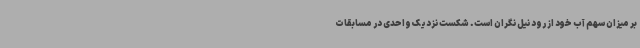
بر میزان سهم آب خود از رود نیل نگران است. شکست نزدیک واحدی در مسابقات